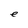
Character: e